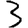
Digit: 3